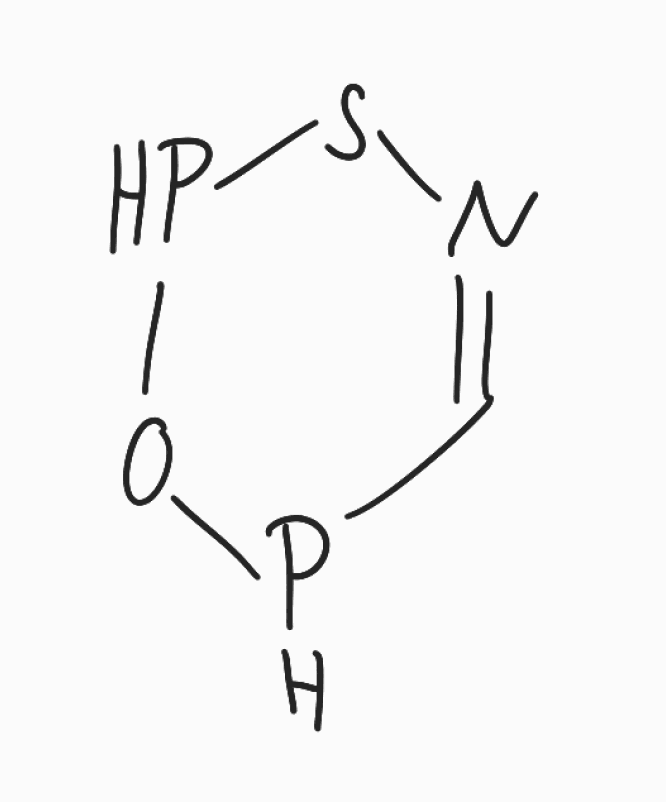
Simplified molecular-input line-entry system (SMILES) notation of the given molecule:
C1=NSPOP1